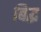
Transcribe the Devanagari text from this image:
बिद्ध